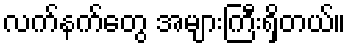
လက်နက်တွေ အများကြီးရှိတယ်။